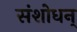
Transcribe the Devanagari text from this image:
संशोधन्